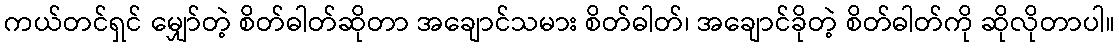
ကယ်တင်ရှင် မျှော်တဲ့ စိတ်ဓါတ်ဆိုတာ အချောင်သမား စိတ်ဓါတ်၊ အချောင်ခိုတဲ့ စိတ်ဓါတ်ကို ဆိုလိုတာပါ။